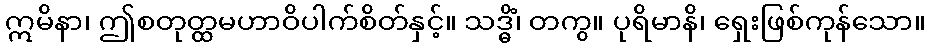
ဣမိနာ၊ ဤစတုတ္ထမဟာဝိပါက်စိတ်နှင့်။ သဒ္ဓိံ၊ တကွ။ ပုရိမာနိ၊ ရှေးဖြစ်ကုန်သော။